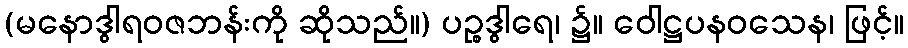
(မနောဒွါရဝဇဘန်းကို ဆိုသည်။) ပဉ္စဒွါရေ၊ ၌။ ဝေါဋ္ဌပနဝသေန၊ ဖြင့်။